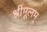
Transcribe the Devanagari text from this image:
श्रीमूलम्